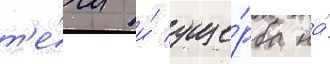
т'е́чи и́ уще́рба на́